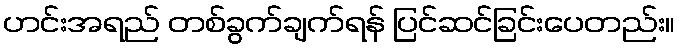
ဟင်းအရည် တစ်ခွက်ချက်ရန် ပြင်ဆင်ခြင်းပေတည်း။